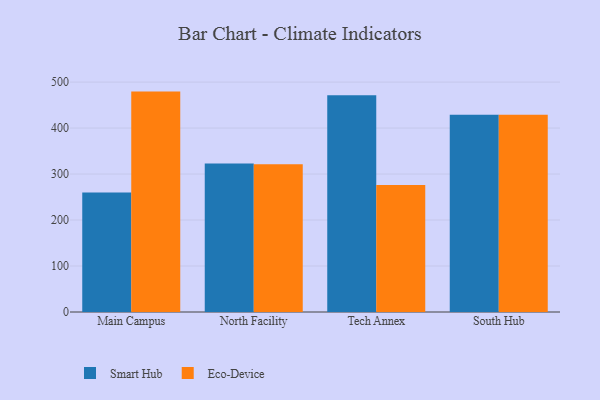
{"axis": {"x": "Campus", "y": "Population (Million)"}, "legend": ["Eco-Device", "Smart Hub"], "data": [{"x": "Main Campus", "y": 259.8, "type": "Smart Hub"}, {"x": "Main Campus", "y": 479.3, "type": "Eco-Device"}, {"x": "North Facility", "y": 322.8, "type": "Smart Hub"}, {"x": "North Facility", "y": 321.5, "type": "Eco-Device"}, {"x": "Tech Annex", "y": 471.2, "type": "Smart Hub"}, {"x": "Tech Annex", "y": 276.2, "type": "Eco-Device"}, {"x": "South Hub", "y": 429.1, "type": "Smart Hub"}, {"x": "South Hub", "y": 428.8, "type": "Eco-Device"}]}